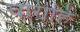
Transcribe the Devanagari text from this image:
चारीहि